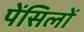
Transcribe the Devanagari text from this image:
पेंसिलों